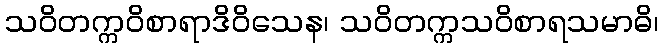
သဝိတက္ကဝိစာရာဒိဝိသေန၊ သဝိတက္ကသဝိစာရသမာဓိ၊